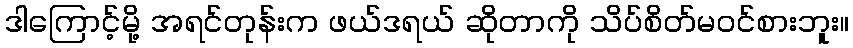
ဒါကြောင့်မို့ အရင်တုန်းက ဖယ်ဒရယ် ဆိုတာကို သိပ်စိတ်မဝင်စားဘူး။